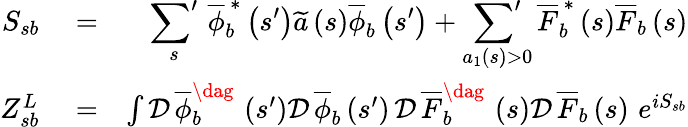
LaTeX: \begin{array}{rlr}{S_{sb}}&{{}=}&{\displaystyle\sideset{}{'}\sum_{s}\, \overline{{\phi}}_{b}^{\, \ast}\left(s^{\prime}\right)\widetilde{a}\left(s\right)\overline{{\phi}}_{b}\left(s^{\prime}\right)+\displaystyle\sideset{}{'}\sum_{a_{1}\left(s\right)>0}\overline{{F}}_{b}^{\, \ast}\left(s\right)\overline{{F}}_{b}\left(s\right)}\\ {Z_{sb}^{L}}&{{}=}&{\int\mathcal{D}\, \overline{{\phi}}_{b}^{\dag}\, \left(s^{\prime}\right)\mathcal{D}\, \overline{{\phi}}_{b}\left(s^{\prime}\right)\, \mathcal{D}\, \overline{{F}}_{b}^{\dag}\, \left(s\right)\mathcal{D}\, \overline{{F}}_{b}\left(s\right)\, \, e^{iS_{sb}}}\end{array}